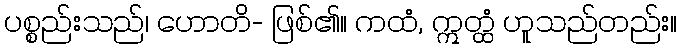
ပစ္စည်းသည်၊ ဟောတိ- ဖြစ်၏။ ကထံ, ဣတ္ထံ ဟူသည်တည်း။